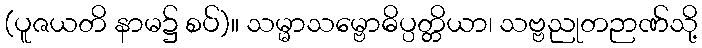
(ပူဇယတိ နာမ၌ စပ်)။ သမ္မာသမ္ဗောဓိပ္ပတ္တိယာ၊ သဗ္ဗညုတဉာဏ်သို့